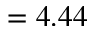
= 4 . 4 4